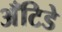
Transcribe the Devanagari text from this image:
अँटिडे